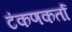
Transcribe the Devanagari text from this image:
टंकणकर्ता